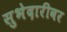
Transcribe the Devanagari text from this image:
सुभेदारीवर